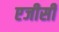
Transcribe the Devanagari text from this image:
एजीसी